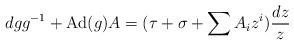
LaTeX: \begin{align*}dgg^{-1}+{\rm Ad}(g)A=(\tau+\sigma+\sum A_{i}z^{i})\frac{dz}{z}\end{align*}